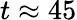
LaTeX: t\approx 45